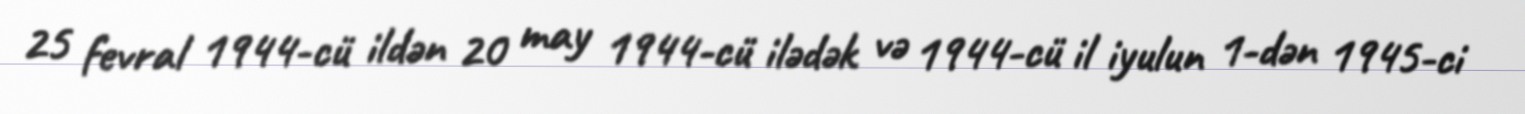
25 fevral 1944-cü ildən 20 may 1944-cü ilədək və 1944-cü il iyulun 1-dən 1945-ci